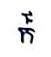
ក៏